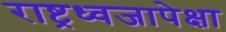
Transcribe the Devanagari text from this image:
राष्ट्रध्वजापेक्षा